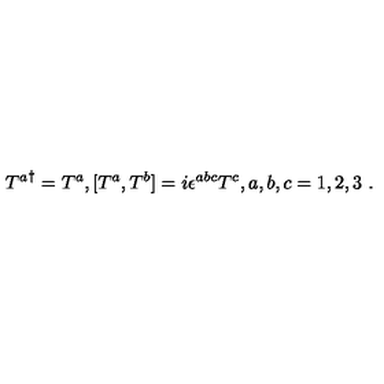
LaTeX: { T ^ { a } } ^ { \dagger } = T ^ { a } , [ T ^ { a } , T ^ { b } ] = i \epsilon ^ { a b c } T ^ { c } , a , b , c = 1 , 2 , 3 \ .